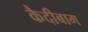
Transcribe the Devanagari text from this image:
कैदीबाग